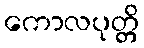
ကောလပုတ္တိ